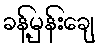
ခန့်မှန်းချေ